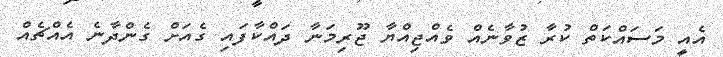
އެއީ މަސައްކަތް ކުރާ ޒުވާނެއް ވެއްޖިއްޔާ ޖޫރިމަނާ ދައްކާފައި ގެއަށް ގެންދާނެ އެއްޗެއް